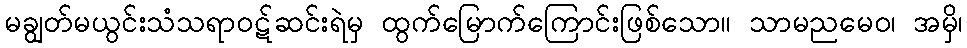
မချွတ်မယွင်းသံသရာဝဋ်ဆင်းရဲမှ ထွက်မြောက်ကြောင်းဖြစ်သော။ သာမညမေဝ၊ အမှိ၊